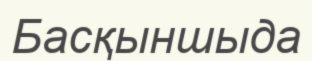
Басқыншыда